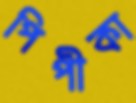
পিপীকা